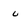
Character: u